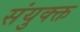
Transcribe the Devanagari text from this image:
संयुक्क्त